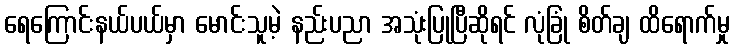
ရေကြောင်းနယ်ပယ်မှာ မောင်းသူမဲ့ နည်းပညာ အသုံးပြုပြီဆိုရင် လုံခြုံ စိတ်ချ ထိရောက်မှု